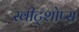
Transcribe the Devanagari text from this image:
स्वीट्शोप्स